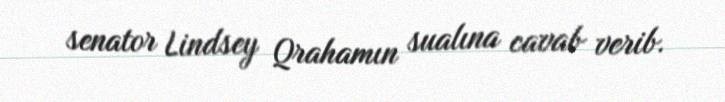
senator Lindsey Qrahamın sualına cavab verib.